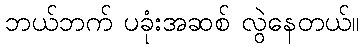
ဘယ်ဘက် ပခုံးအဆစ် လွဲနေတယ်။